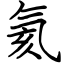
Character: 氦